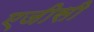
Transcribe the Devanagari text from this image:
एजीसी